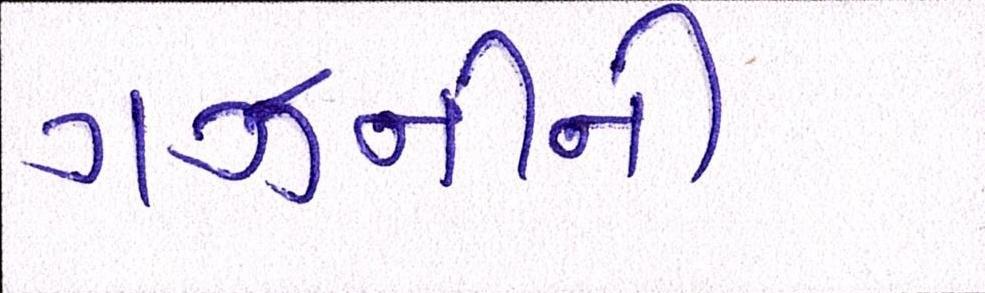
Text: ગઝનીની